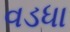
વડધા